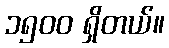
၁၅ဝဝ ရှိတယ်။